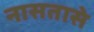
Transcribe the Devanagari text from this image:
नासतासे